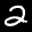
Label: 2